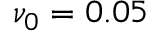
\nu _ { 0 } = 0 . 0 5